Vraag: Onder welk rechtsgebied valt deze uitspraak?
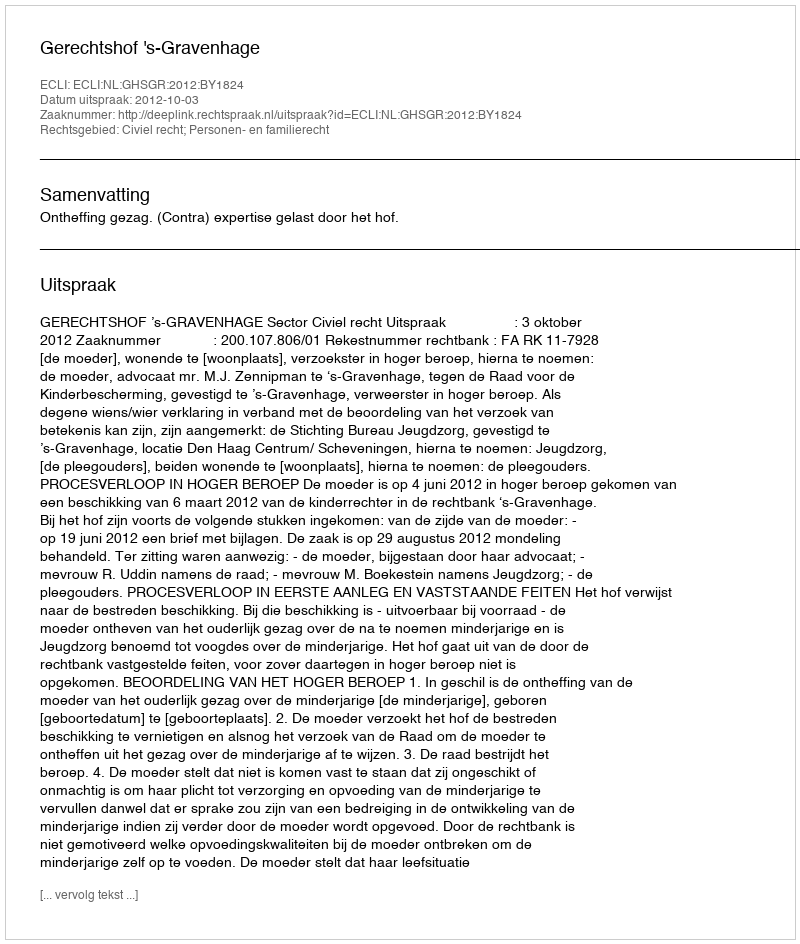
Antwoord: Civiel recht; Personen- en familierecht